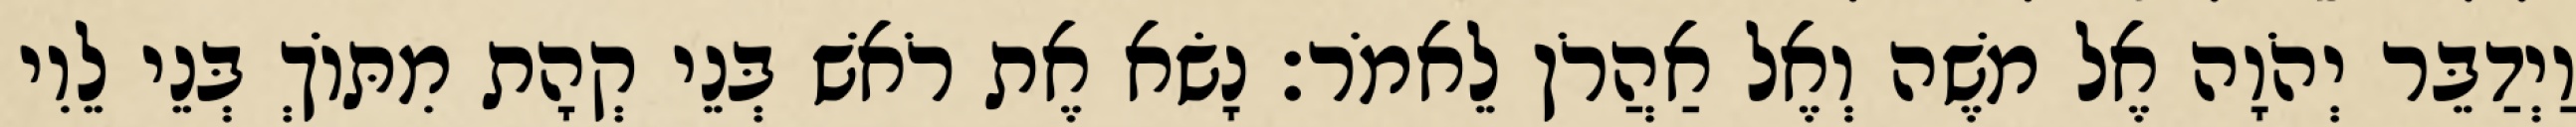
וַיְדַבֵּר יְהֹוָה אֶל משֶׁה וְאֶל אַהֲרֹן לֵאמֹר׃ נָשׂא אֶת רֹאשׁ בְּנֵי קְהָת מִתּוֹךְ בְּנֵי לֵוִי